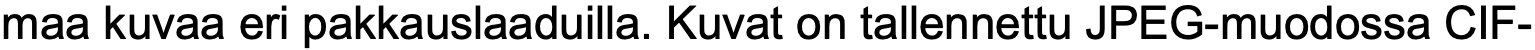
maa kuvaa eri pakkauslaaduilla. Kuvat on tallennettu JPEG-muodossa CIF-